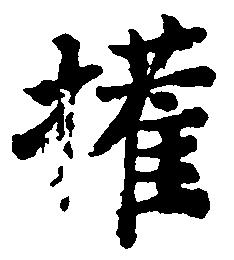
権